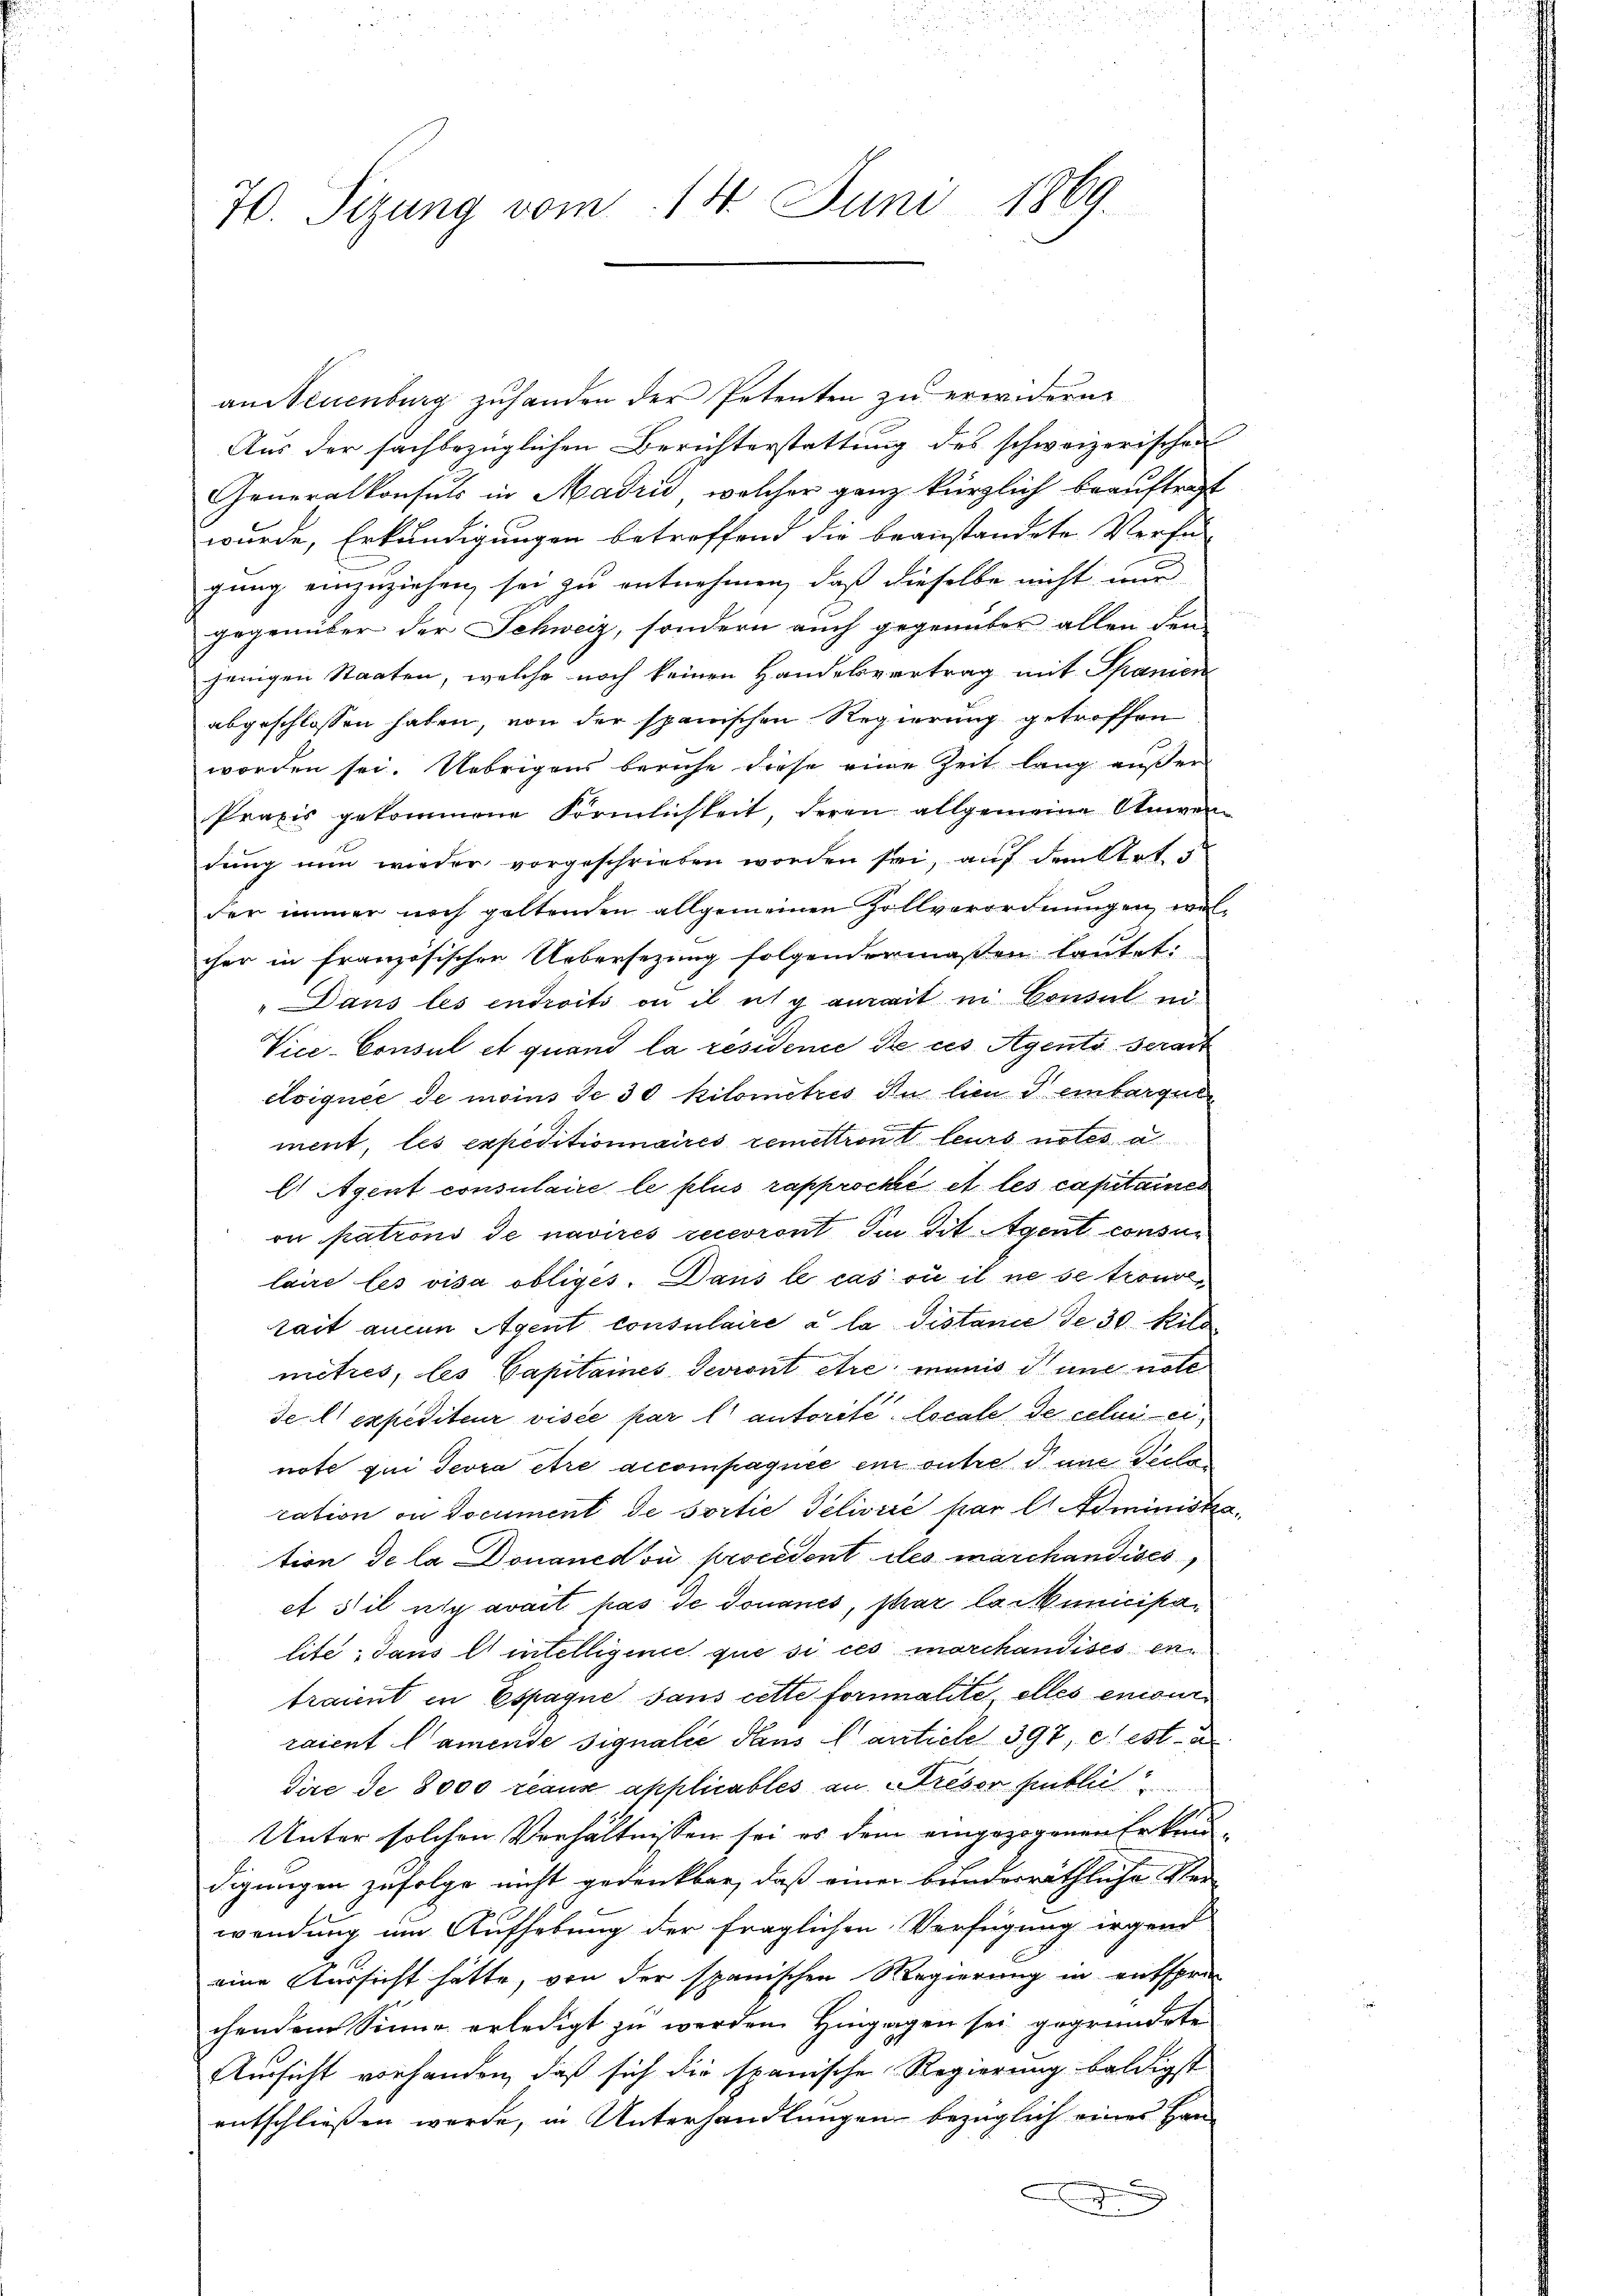
70. Sizung vom 14. Juni 1869.

an Neuenburg zuhanden der Petenten zu erwidern.
Aus der sachbezüglichen Berichterstattung des schweizerischen
Generalkonsuls in Madrid, welcher ganz kürzlich beauftragt
wurde, Erkundigungen betreffend die beanstandete Verfü-
gung einzuziehen, sei zu entnehmen, daß dieselbe nicht nur
gegenüber der Schweiz, sondern auch gegenüber allen den-
jenigen Staaten, welche noch keinen Handelsvertrag mit Spanien
abgeschlossen haben, von der spanischen Regierung getroffen
worden sei. Uebrigens beruhe diese eine Zeit lang außer
Praxis gekommene Förmlichkeit, deren allgemeine Anwen
dung nun wieder vorgeschrieben worden sei, auf dem Art. 5
der immer noch goltenden allgemeinen Zollverordnungen, welcher in französischen Uebersezung folgendermaßen lautet:
„Dans les entroits ou il ich ganait in Consul in
Vice-Consul et quand la residence de ces Agento serait
elsiquée de moins de 30 Kilometris Du lieu d einbargut
ment, les expeditionnaires remettront leurs nates a
E Agent consulaire le plus rapproche et les capitaines
on patrons de navires recevront du Tit. Agent consur
laire les visa obliges. Dans le cas où il ne se trouve
rait anein Agent consulaire à la distance de 30 Kilo
mitres, les Capitaines devront être munis une note
del expediteur visée par l’autorité locale de celui ernote qui devra être accompagnie ein outre dene Seele
ration ou document de sortie delisire par l. Administration de la Donaned si procedent des marchandises,
et il y avait pas de Douanes, par la Municipalite, dans l’intelligence que si ces marchandises en
traint in Espaque sans cette formalite elles encour
raient l’amende signale dans lanticle 397, et est a
dire de 8000 reaus applicables an Preser Einblich
Unter solchen Verhältnissen sei es dem eingezogenen Erkendigungen zufolge nicht gedankbar, daß einer bunderräthliche Verwendung um Aufhebung der fraglichen Verfügung irgend
eine Aussicht hätte, von der spanischen Regierung in entspre
chendem Sinne erledigt zu werden. Hingagen sei gegründete
Amsicht vorhanden, daß sich die spanische Regierung baldigst
entschließen werde, in Unterhandlungen bezüglich einer Han-
.